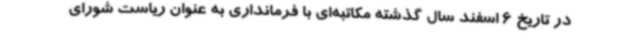
در تاریخ 6 اسفند سال گذشته مکاتبه‌ای با فرمانداری به عنوان ریاست شورای